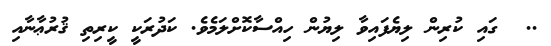
..  ގައި ކުރިން ލިޔެފައިވާ ލިޔުން ހިއްސާކޮށްލަމެވެ. ކަދުރަކީ ކީރިތި ޤުރުޢާނާއި